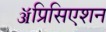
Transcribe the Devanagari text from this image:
ॲप्रिसिएशन